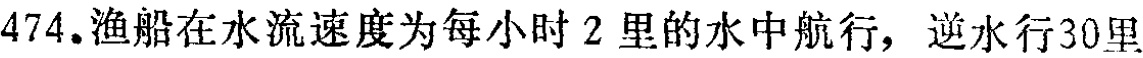
474. 渔船在水流速度为每小时 2 里的水中航行，逆水行 30 里